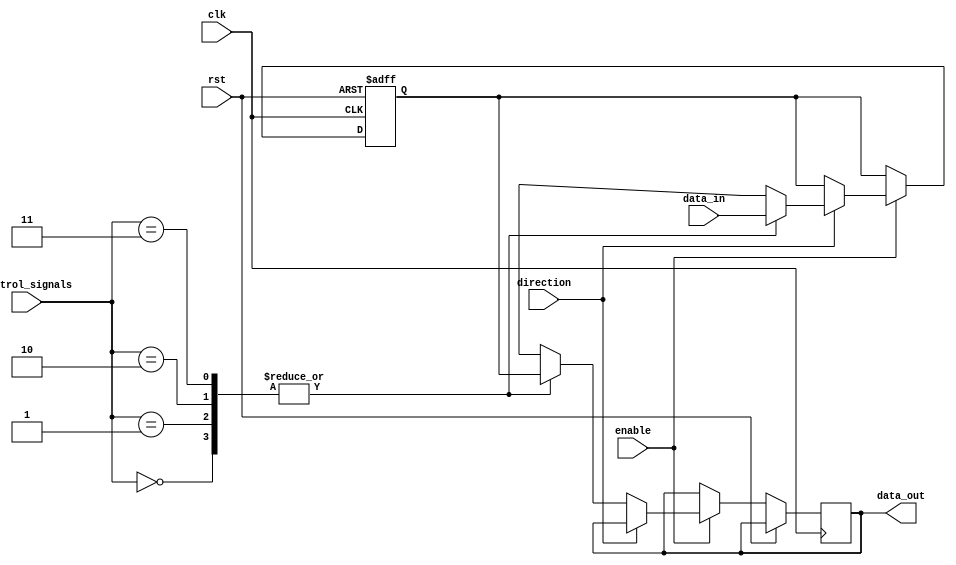
module IO_Blocks_Bus_Switch (
    input wire clk,
    input wire rst,
    input wire enable,
    input wire direction,
    input wire [1:0] control_signals,
    input wire [7:0] data_in,
    output wire [7:0] data_out
);

reg [7:0] buffer;

always @(posedge clk or posedge rst) begin
    if (rst) begin
        buffer <= 8'b0;
    end else begin
        if (enable) begin
            if (direction) begin // Input
                case(control_signals)
                    2'b00: buffer <= data_in; // Source device 1
                    2'b01: buffer <= data_in; // Source device 2
                    2'b10: buffer <= data_in; // Source device 3
                    2'b11: buffer <= data_in; // Source device 4
                    default: buffer <= 8'b0;
                endcase
            end else begin // Output
                case(control_signals)
                    2'b00: data_out <= buffer; // Destination device 1
                    2'b01: data_out <= buffer; // Destination device 2
                    2'b10: data_out <= buffer; // Destination device 3
                    2'b11: data_out <= buffer; // Destination device 4
                    default: data_out <= 8'b0;
                endcase
            end
        end
    end
end

endmodule